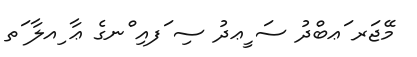
މޭޖަރ ަޢބްދު ސަ ީޢދު ސި ަފއި ްނގެ ޢާ ިއލާ ަތ